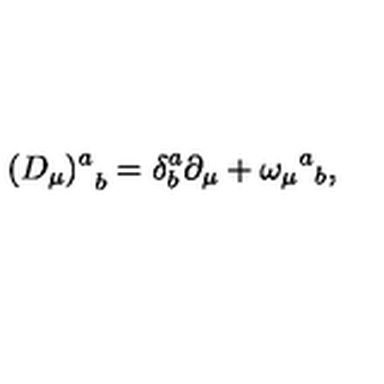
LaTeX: { ( D _ { \mu } ) ^ { a } } _ { b } = \delta _ { b } ^ { a } \partial _ { \mu } + \omega _ { \mu } { } ^ { a } { } _ { b } ,